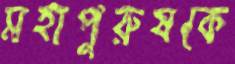
মহাপুরুষকে